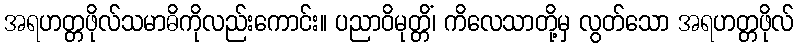
အရဟတ္တဖိုလ်သမာဓိကိုလည်းကောင်း။ ပညာဝိမုတ္တိံ၊ ကိလေသာတို့မှ လွတ်သော အရဟတ္တဖိုလ်